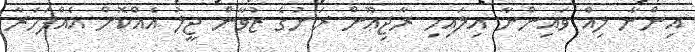
އިންނާ ލިއް ވައިންނާ އިލައިހި ރާޖިޢޫން ރަށުގެ ޒުވާން ޖީލު އެއްކޮށް އެއްފަހަރާ